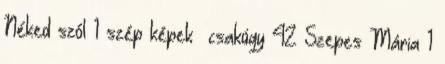
Néked szól 1 szép képek csakúgy 42 Szepes Mária 1